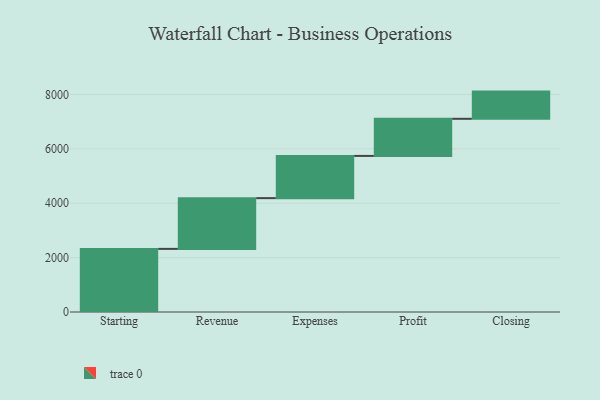
{"axis": {"x": "Step", "y": "Value"}, "legend": [""], "data": [{"x": "Starting", "y": 2321.0, "type": ""}, {"x": "Revenue", "y": 1866.0, "type": ""}, {"x": "Expenses", "y": 1552.0, "type": ""}, {"x": "Profit", "y": 1365.0, "type": ""}, {"x": "Closing", "y": 1000, "type": ""}]}